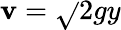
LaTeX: \mathbf{v}={\sqrt{}{{2gy}}}